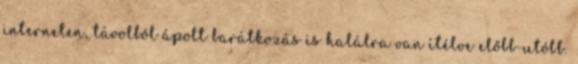
interneten, távolból ápolt barátkozás is halálra van ítélve előbb-utóbb.